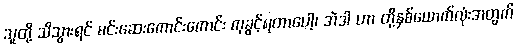
သူတို့ သိသွားရင် မင်းဆေးကောင်းကောင်း ကုခွင့်ရတာပေါ့၊ အဲဒါ ဟာ တို့နှစ်ယောက်လုံးအတွက်